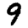
Digit: 9